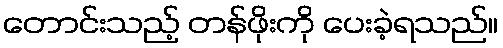
တောင်းသည့် တန်ဖိုးကို ပေးခဲ့ရသည်။